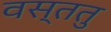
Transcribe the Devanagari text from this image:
वस्ततु